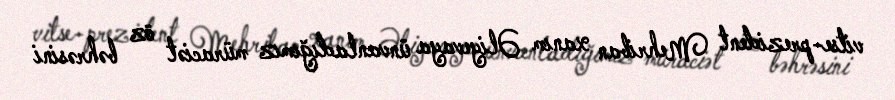
vitse-prezident Mehriban xanım Əliyevaya ünvanladığımız müraciət öz bəhrəsini